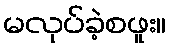
မလုပ်ခဲ့စဖူး။